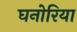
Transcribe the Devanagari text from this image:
घनोरिया